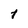
Character: t